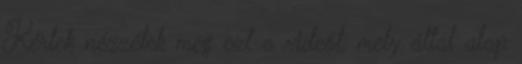
Kérlek nézzétek meg ezt a videót, mely által alap